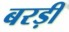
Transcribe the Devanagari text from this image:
बरड़ी